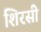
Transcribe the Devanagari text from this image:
शिरसी